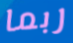
ربما